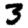
Digit: 3